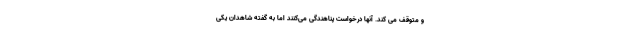
و متوقف می کند. آنها درخواست پناهندگی می‌کنند اما به گفته شاهدان یکی